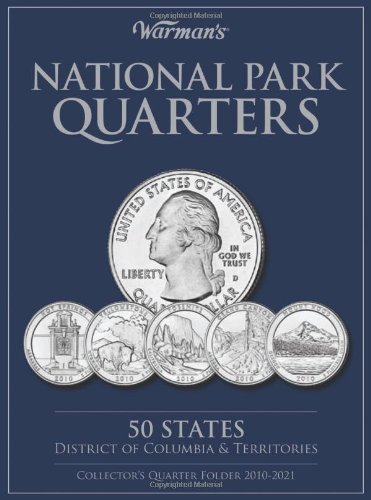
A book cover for National Parks Quarters: 50 States + District of Columbia & Territories: Collector's Quarters Folder 2010-2021 (Warman's Collector Coin Folders); Warman's; Crafts, Hobbies & Home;